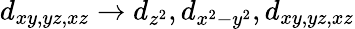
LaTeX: d_{xy,yz,xz}\rightarrow d_{z^{2}},d_{x^{2}-y^{2}},d_{xy,yz,xz}